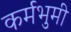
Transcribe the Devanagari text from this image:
कर्मभुमी